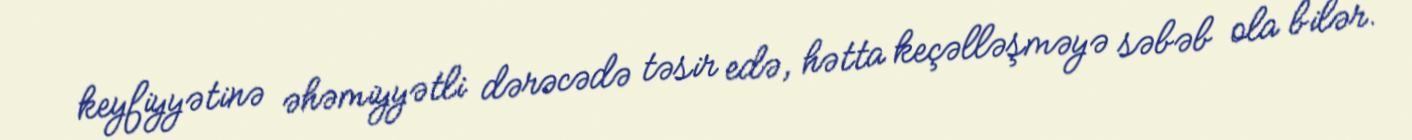
keyfiyyətinə əhəmiyyətli dərəcədə təsir edə, hətta keçəlləşməyə səbəb ola bilər.